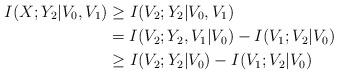
LaTeX: \begin{align*}I(X;Y_2|V_0,V_1)&\geq I(V_2;Y_2|V_0,V_1)\\&=I(V_2;Y_2,V_1|V_0)-I(V_1;V_2|V_0)\\&\geq I(V_2;Y_2|V_0)-I(V_1;V_2|V_0)\end{align*}